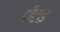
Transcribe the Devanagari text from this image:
पीटाई